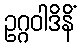
ဥဂ္ဂဝါဒိနိံ